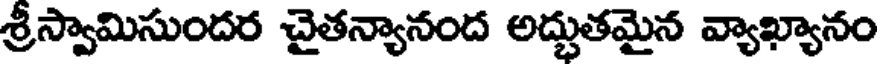
శ్రీస్వామిసుందర చైతన్యానంద అద్భుతమైన వ్యాఖ్యానం